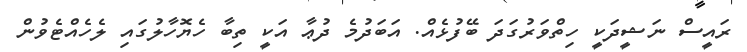
ރައީސް ނަޝީދަކީ ހިތްވަރުގަދަ ބޭފުޅެއް. އަބަދުމެ ދުޢާ އަކީ ތިބާ ހެޔޮހާލުގައި ލެހެއްޓެވުން